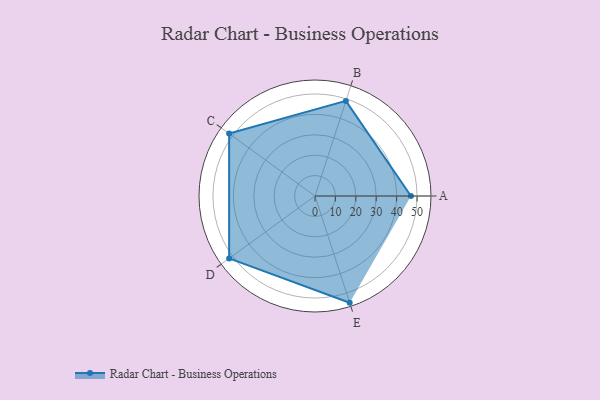
{"axis": {"x": "Skill", "y": "Score"}, "legend": ["Profile"], "data": [{"x": "A", "y": 47.0, "type": "Profile"}, {"x": "B", "y": 49.0, "type": "Profile"}, {"x": "C", "y": 52.0, "type": "Profile"}, {"x": "D", "y": 52.0, "type": "Profile"}, {"x": "E", "y": 55.0, "type": "Profile"}]}